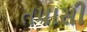
તપાસી